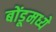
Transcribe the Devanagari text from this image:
बोंडूमध्ये